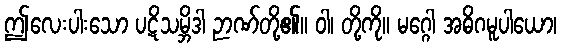
ဤလေးပါးသော ပဋိသမ္ဘိဒါ ဉာဏ်တို့၏။ ဝါ၊ တို့ကို။ မဂ္ဂေါ အဓိဂမူပါယော၊